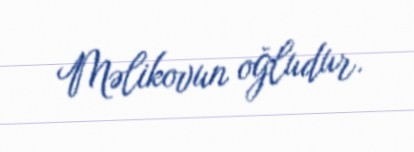
Məlikovun oğludur.